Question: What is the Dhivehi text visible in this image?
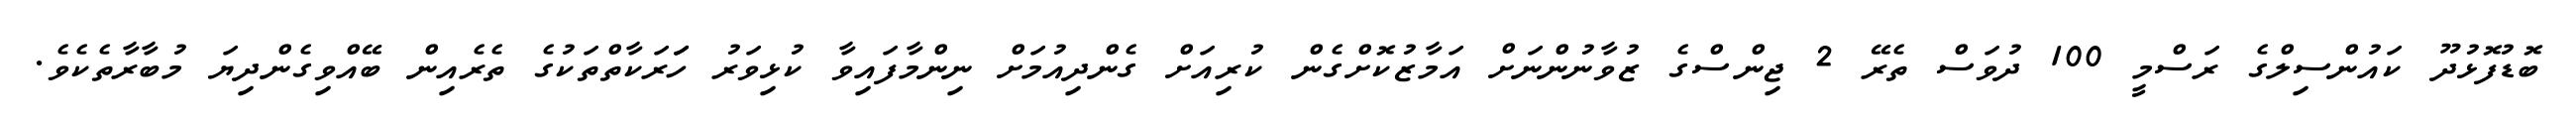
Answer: ބޮޑުފޮޅުދޫ ކައުންސިލްގެ ރަސްމީ 100 ދުވަސް ތެރޭ 2 ޖިންސްގެ ޒުވާނުންނަށް އަމާޒުކޮށްގެން ކުރިއަށް ގެންދިއުމަށް ނިންމާފައިވާ ކުޅިވަރު ހަަރަކާތްތަކުގެ ތެރެއިން ބޭއްވިގެންދިޔަ މުބާރާތެކެވެ.